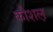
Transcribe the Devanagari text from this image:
कौशल़